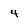
Character: 4